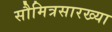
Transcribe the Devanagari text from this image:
सौमित्रसारख्या